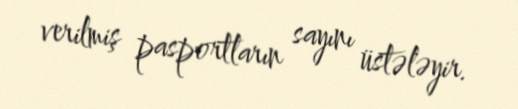
verilmiş pasportların sayını üstələyir.